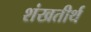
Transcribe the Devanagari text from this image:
शंखतीर्थ